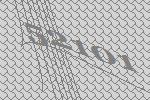
52101